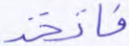
فاتخذ